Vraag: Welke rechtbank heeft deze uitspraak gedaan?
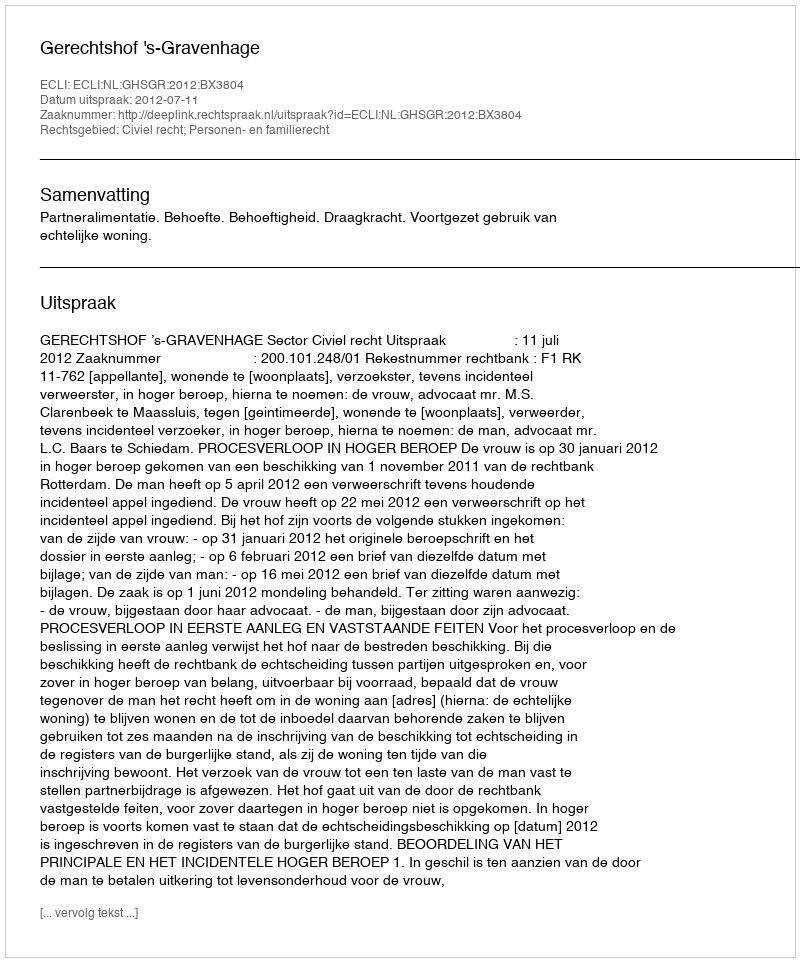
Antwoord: Gerechtshof 's-Gravenhage